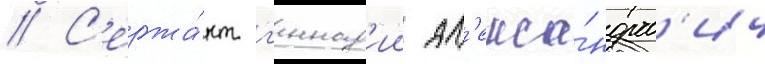
// С'ержа́нт г'еннад'ии ал'екса́ндров'ич